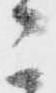
こ